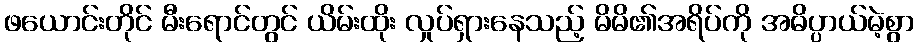
ဖယောင်းတိုင် မီးရောင်တွင် ယိမ်းထိုး လှုပ်ရှားနေသည့် မိမိ၏အရိပ်ကို အဓိပ္ပာယ်မဲ့စွာ